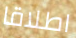
اطلاقا